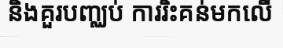
និងគួរបញ្ឈប់ ការរិះគន់មកលើ